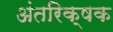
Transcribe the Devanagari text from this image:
अंतरिक्षक